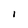
Character: I